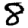
Digit: 8